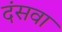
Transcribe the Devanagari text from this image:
दंसवा